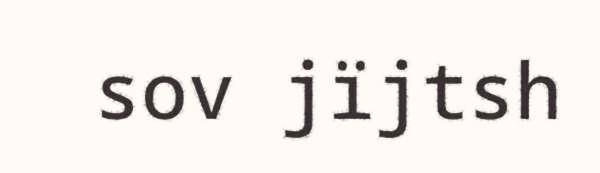
sov jïjtsh